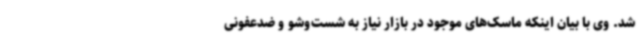
شد. وی با بیان اینکه ماسک‌های موجود در بازار نیاز به شست‌وشو و ضدعفونی